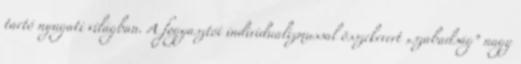
tartó nyugati világban. A fogyasztói individualizmussal összekevert „szabadság” nagy